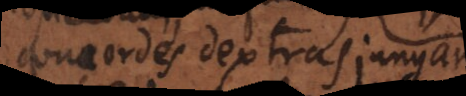
concordes dextras jungamus: